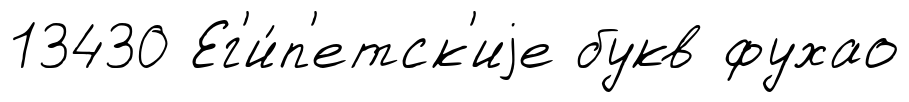
13430 Ег'и́п'етск'иjе букв фухао